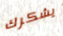
يشكرك